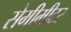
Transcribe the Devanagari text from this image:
सेमीमीटर